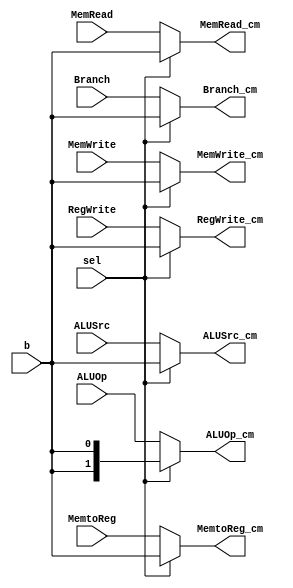
module control_mux(
	// from control unit 
	input Branch,  
	input MemRead,
	input MemtoReg,
	input [1:0] ALUOp,
	input MemWrite,
	input ALUSrc,
	input RegWrite, 
	
	input b,   
	
	input sel, 
	output reg Branch_cm,  
	output reg MemRead_cm,
	output reg MemtoReg_cm,
	output reg [1:0] ALUOp_cm,
	output reg MemWrite_cm,
	output reg ALUSrc_cm,
	output reg RegWrite_cm
);
always @(*)
begin 
if (sel)
begin 
	Branch_cm = b; 
	MemRead_cm = b; 
	MemtoReg_cm = b; 
	ALUOp_cm = {b, b}; 
	MemWrite_cm = b; 
	ALUSrc_cm = b; 
	RegWrite_cm = b;
end 	
else
begin
	Branch_cm = Branch; 
	MemRead_cm = MemRead; 
	MemtoReg_cm = MemtoReg; 
	ALUOp_cm = ALUOp; 
	MemWrite_cm = MemWrite; 
	ALUSrc_cm = ALUSrc; 
	RegWrite_cm = RegWrite;
end 

end 
endmodule